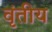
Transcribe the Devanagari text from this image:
वृंतीय